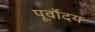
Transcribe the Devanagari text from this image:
पूर्वोदय